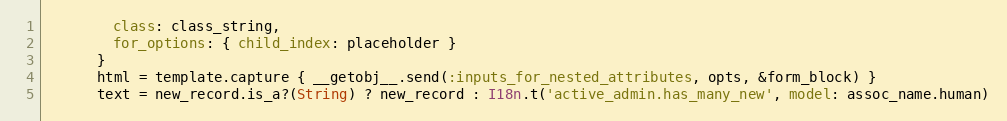
Language: Ruby
        class: class_string,
        for_options: { child_index: placeholder }
      }
      html = template.capture { __getobj__.send(:inputs_for_nested_attributes, opts, &form_block) }
      text = new_record.is_a?(String) ? new_record : I18n.t('active_admin.has_many_new', model: assoc_name.human)